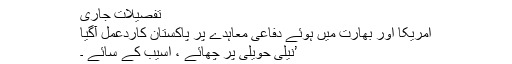
تفصیلات جاری
امریکا اور بھارت میں ہوئے دفاعی معاہدے پر پاکستان کاردعمل آگیا
’نیلی حویلی پر چھائے ، آسیب کے سائے ۔